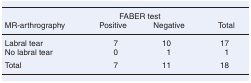
<table><thead><tr><td></td><td colspan="2"><b>FABER test</b></td><td></td></tr><tr><td><b>MR-arthrography</b></td><td><b>Positive</b></td><td><b>Negative</b></td><td><b>Total</b></td></tr></thead><tbody><tr><td>Labral tear</td><td>7</td><td>10</td><td>17</td></tr><tr><td>No labral tear</td><td>0</td><td>1</td><td>1</td></tr><tr><td>Total</td><td>7</td><td>11</td><td>18</td></tr></tbody></table>